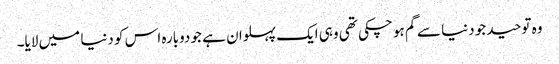
وہ توحید جو دنیا سے گم ہو چکی تھی وہی ایک پہلوان ہے جو دوبارہ اس کو دنیا میں لایا۔